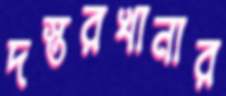
দস্তরখানার